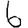
Digit: 6